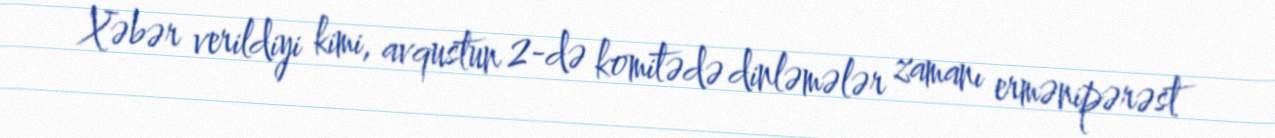
Xəbər verildiyi kimi, avqustun 2-də komitədə dinləmələr zamanı ermənipərəst